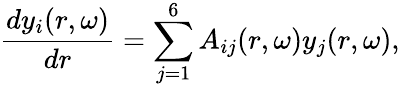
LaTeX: \frac{dy_{i}(r,\omega)}{dr}=\sum_{j=1}^{6}A_{ij}(r,\omega)y_{j}(r,\omega),